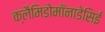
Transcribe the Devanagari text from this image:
क्लैमिडोमॉनाडेसिई